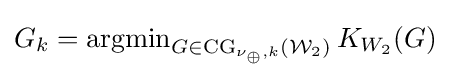
G_{k}=\operatorname {argmin} _{G\in {\text{CG}}_{\nu _{\oplus },k}({\mathcal {W}}_{2})}K_{W_{2}}(G)